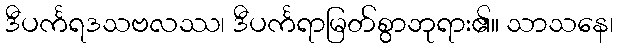
ဒီပင်္ကရဒသဗလဿ၊ ဒီပင်္ကရာမြတ်စွာဘုရား၏။ သာသနေ၊